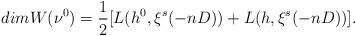
LaTeX: \begin{align*}dim W(\nu^0) = \frac{1}{2}[L(h^0,\xi^{s}(-nD))+L(h,\xi^{s}(-nD))].\end{align*}